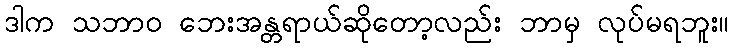
ဒါက သဘာဝ ဘေးအန္တရာယ်ဆိုတော့လည်း ဘာမှ လုပ်မရဘူး။